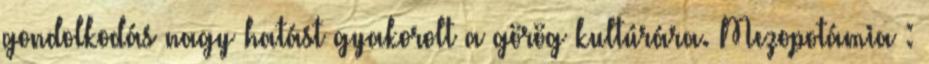
gondolkodás nagy hatást gyakorolt a görög kultúrára. Mezopotámia :